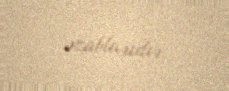
əzablarıdır.